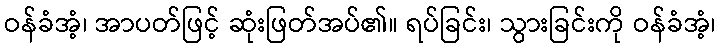
ဝန်ခံအံ့၊ အာပတ်ဖြင့် ဆုံးဖြတ်အပ်၏။ ရပ်ခြင်း၊ သွားခြင်းကို ဝန်ခံအံ့၊